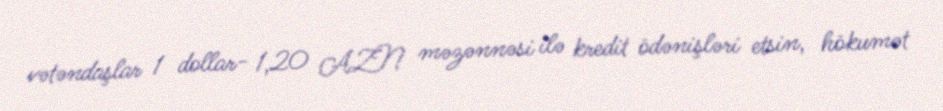
vətəndaşlar 1 dollar- 1,20 AZN məzənnəsi ilə kredit ödənişləri etsin, hökumət